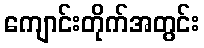
ကျောင်းတိုက်အတွင်း